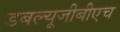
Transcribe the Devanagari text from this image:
डबल्यूजीबीएच